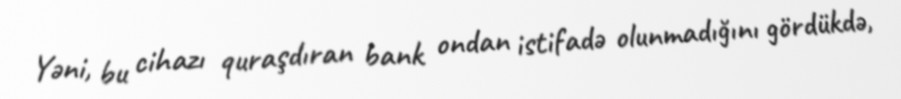
Yəni, bu cihazı quraşdıran bank ondan istifadə olunmadığını gördükdə,